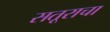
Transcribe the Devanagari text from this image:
सतूराचा